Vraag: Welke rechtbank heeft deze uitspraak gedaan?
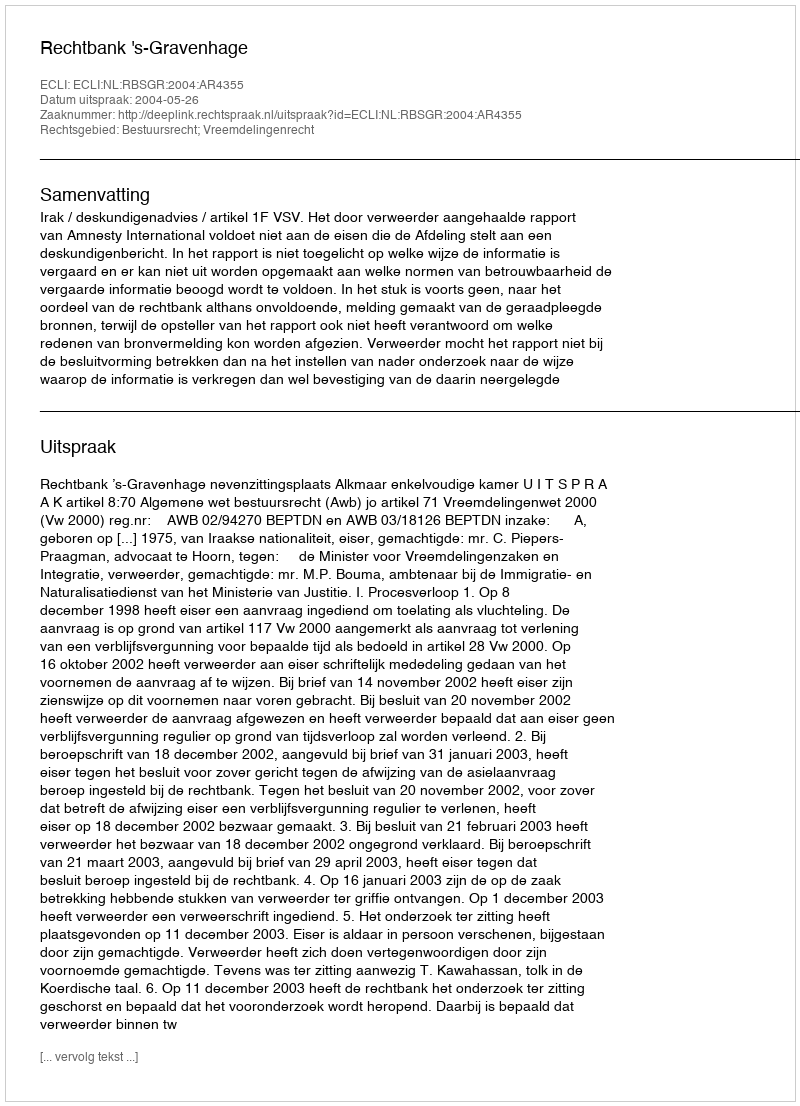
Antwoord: Rechtbank 's-Gravenhage